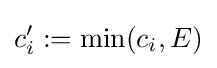
c'_{i}:=\min(c_{i},E)